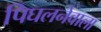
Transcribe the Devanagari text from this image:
पिघलनेवाला